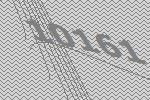
10161